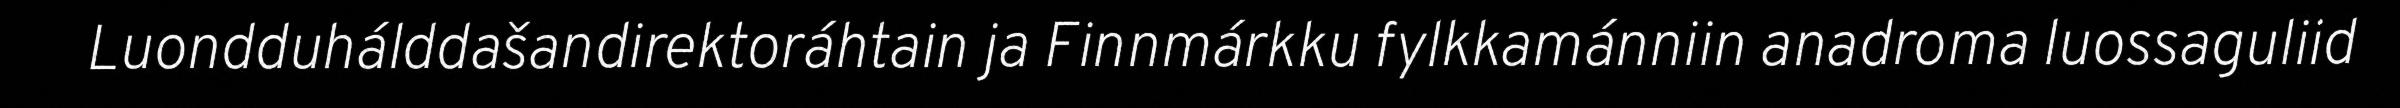
Luondduhálddašandirektoráhtain ja Finnmárkku fylkkamánniin anadroma luossaguliid